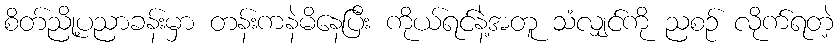
စိတ်ညို့ပညာခန်းမှာ တန်းကနဲမိနေပြီး ကိုယ်ရင်နဲ့အတူ သံလျှင်ကို ညစဉ် လိုက်ရတဲ့